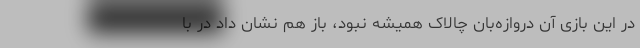
در این بازی آن دروازه‌بان چالاک همیشه نبود، باز هم نشان داد در با